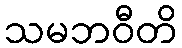
သမဘဝီတိ